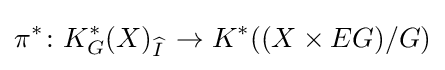
\pi ^{*}\colon K_{G}^{*}(X)_{\widehat {I\,}}\to K^{*}((X\times EG)/G)